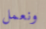
ونعمل